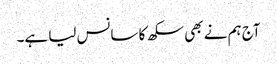
آج ہم نے بھی سکھ کا سانس لیا ہے۔